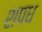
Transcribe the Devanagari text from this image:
शपध